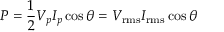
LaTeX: P = { \frac { 1 } { 2 } } V _ { p } I _ { p } \cos \theta = V _ { \mathrm { { r m s } } } I _ { \mathrm { { r m s } } } \cos \theta